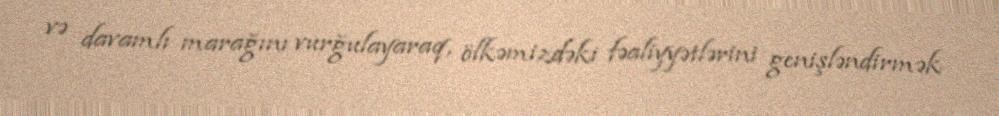
və davamlı marağını vurğulayaraq, ölkəmizdəki fəaliyyətlərini genişləndirmək